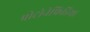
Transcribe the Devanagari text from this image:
प्रोटोनेफ्रिडिया